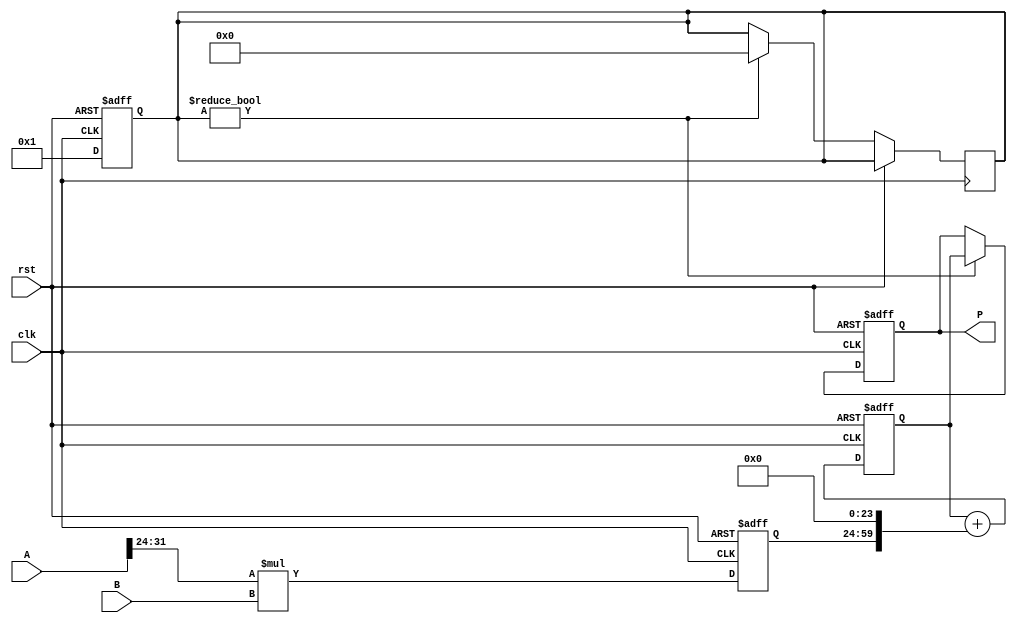
module pipelined_sliced_multiplier #(
    parameter DATA_WIDTH = 32,  // Width of the operands
    parameter SLICE_WIDTH = 8    // Width of each slice
)(
    input clk,
    input rst,
    input [DATA_WIDTH-1:0] A,   // First operand
    input [DATA_WIDTH-1:0] B,   // Second operand
    output reg [2*DATA_WIDTH-1:0] P // Product output
);

    // Calculate number of slices
    localparam NUM_SLICES = DATA_WIDTH / SLICE_WIDTH;

    // Intermediate registers for partial products
    reg [(DATA_WIDTH+NUM_SLICES-1):0] partial_products [0:NUM_SLICES-1];

    // Register for accumulating results
    reg [(2*DATA_WIDTH-1):0] accumulator;
    reg [NUM_SLICES-1:0] valid;

    integer i, j;

    // Stage 1: Generate partial products
    always @(posedge clk or posedge rst) begin
        if (rst) begin
            for (i = 0; i < NUM_SLICES; i = i + 1) begin
                partial_products[i] <= 0;
            end
        end else begin
            for (i = 0; i < NUM_SLICES; i = i + 1) begin
                partial_products[i] <= (A[(i * SLICE_WIDTH) +: SLICE_WIDTH] * B);
            end
        end
    end

    // Stage 2: Accumulate partial products
    always @(posedge clk or posedge rst) begin
        if (rst) begin
            accumulator <= 0;
            valid <= 0;
        end else begin
            accumulator <= 0; // Reset accumulator at the beginning
            for (i = 0; i < NUM_SLICES; i = i + 1) begin
                accumulator <= accumulator + (partial_products[i] << (i * SLICE_WIDTH));
            end
            valid <= 1;
        end
    end

    // Stage 3: Output the final product
    always @(posedge clk or posedge rst) begin
        if (rst) begin
            P <= 0;
        end else if (valid) begin
            P <= accumulator;
            valid <= 0; // Reset valid after producing output
        end
    end

endmodule